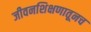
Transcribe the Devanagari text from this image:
जीवनशिक्षणातूनच